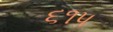
૬૧૫